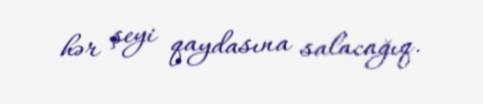
hər şeyi qaydasına salacağıq.